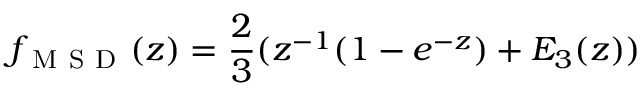
f _ { \mathrm { ~ M ~ S ~ D ~ } } ( z ) = \frac { 2 } { 3 } ( z ^ { - 1 } ( 1 - e ^ { - z } ) + { \cal E } _ { 3 } ( z ) )